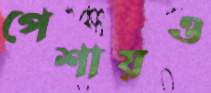
পেশায়ও